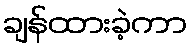
ချန်ထားခဲ့ကာ